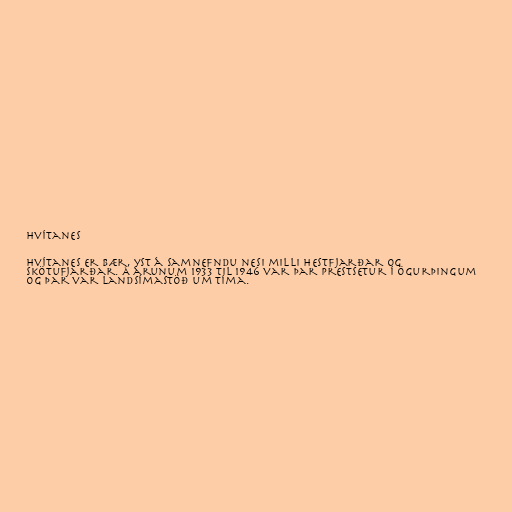
Hvítanes

Hvítanes er bær, yst á samnefndu nesi milli Hestfjarðar og
Skötufjarðar. Á árunum 1933 til 1946 var þar prestsetur í Ögurþingum
og þar var landsímastöð um tíma.